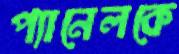
প্যানেলকে